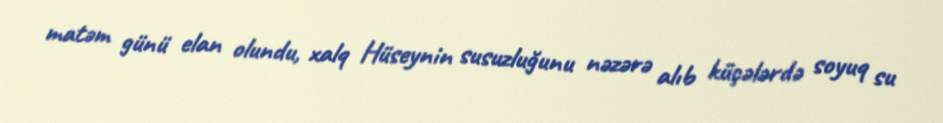
matəm günü elan olundu, xalq Hüseynin susuzluğunu nəzərə alıb küçələrdə soyuq su